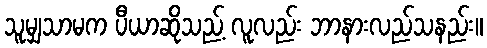
သူမျှသာမက ပီယာဆိုသည့် လူလည်း ဘာနားလည်သနည်း။